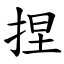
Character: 捏